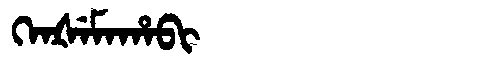
Manchu: ᡴᡝᠨᡧᡝᠮᠠᡥᠠᠪᡳ
Romanization: KENŠEMAHABI